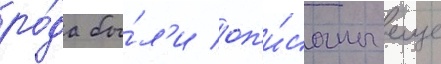
ро́да бы́л'и оп'и́саны еще